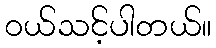
၀ယ်သင့်ပါတယ်။